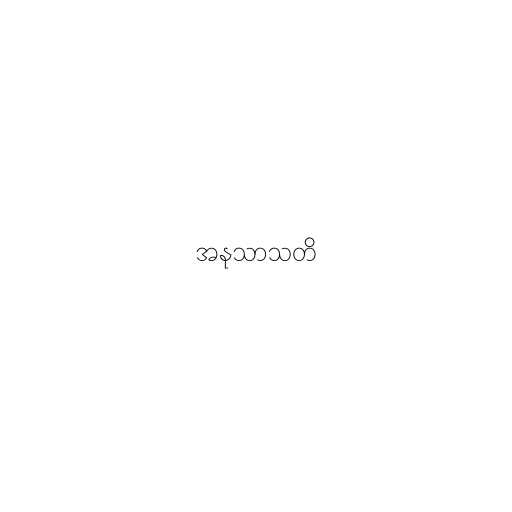
အနုသာသတိ